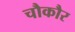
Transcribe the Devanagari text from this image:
चौकौर